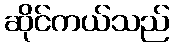
ဆိုင်ကယ်သည်